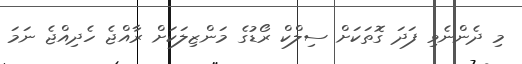
މި ދެންނެވި ފަދަ ގޮތަކަށް ސިލްކް ރޯޑުގެ މަންޒިލަކަށް ރާއްޖެ ހެދިއްޖެ ނަމަ